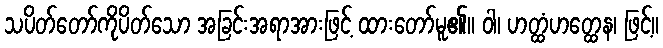
သပိတ်တော်ကိုပိတ်သော အခြင်းအရာအားဖြင့် ထားတော်မူ၏။ ဝါ၊ ဟတ္ထံဟတ္ထေန၊ ဖြင့်။